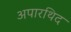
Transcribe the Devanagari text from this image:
अपारथिद